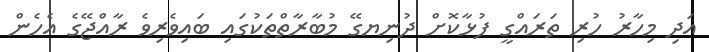
އަދި މިހާރު ހުރި ތަރައްގީ ފުޅާކޮށް ދުނިޔގޭ މުބާރާތްތަކުގައި ބައިވެރިވެ ރާއްޖޭގެ އެހެން